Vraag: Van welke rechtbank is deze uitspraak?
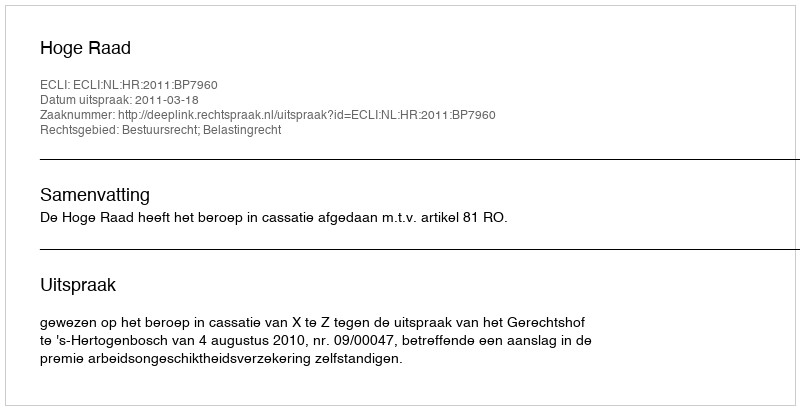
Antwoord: Hoge Raad